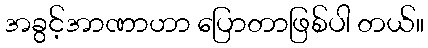
အခွင့်အာဏာဟာ ပြောတာဖြစ်ပါ တယ်။